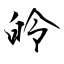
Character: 皊